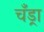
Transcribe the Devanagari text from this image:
चँड्रा